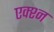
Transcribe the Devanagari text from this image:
एक्श्‍न